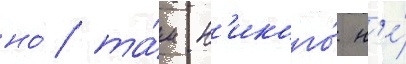
но́ та́м н'икого́ н'е́